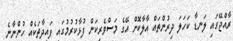
ރާއްޖޭގައި ލަނޑާ ކަހަލަ ދިރުންތައް އާލާކޮށް އޭގެ މަސްވެރިކަން ފުޅާކުރުމުގައި ފައިދާތަކެއް ހުންނާނެ